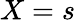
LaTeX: X=s